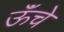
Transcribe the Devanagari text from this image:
ऊॅंचे